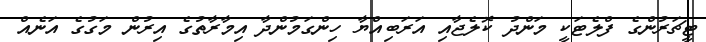
ޓީޗަރުންގެ ފްލެޓަކީ މަންދު ކޮލެޖާއި އަރަބިއްޔާ ހިންގަމުންދާ އިމާރާތުގެ އިރުން މަގުގެ އަނެއް